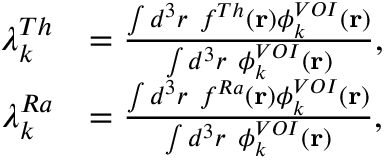
\begin{array} { r l } { \lambda _ { k } ^ { T h } } & { = \frac { \int d ^ { 3 } r ~ f ^ { T h } ( \mathbf { r } ) \phi _ { k } ^ { V O I } ( \mathbf { r } ) } { \int d ^ { 3 } r ~ \phi _ { k } ^ { V O I } ( \mathbf { r } ) } , } \\ { \lambda _ { k } ^ { R a } } & { = \frac { \int d ^ { 3 } r ~ f ^ { R a } ( \mathbf { r } ) \phi _ { k } ^ { V O I } ( \mathbf { r } ) } { \int d ^ { 3 } r ~ \phi _ { k } ^ { V O I } ( \mathbf { r } ) } , } \end{array}